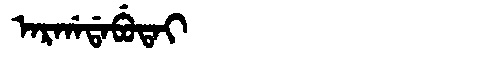
Manchu: ᠠᡵᡤᠠᡩᠠᠪᡠᡨᠠᡳ
Romanization: ARGADABUTAI